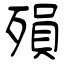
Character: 殞